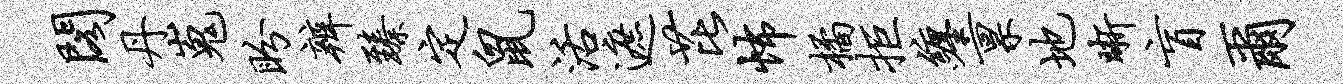
阁丹嵬盼辨臻定鼠活遮芘怖橘拒缠禀地晰盲尔